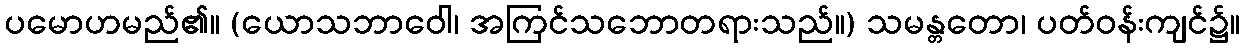
ပမောဟမည်၏။ (ယောသဘာဝေါ၊ အကြင်သဘောတရားသည်။) သမန္တတော၊ ပတ်ဝန်းကျင်၌။